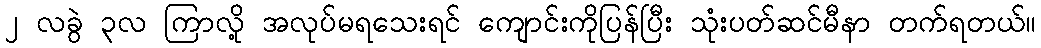
၂ လခွဲ ၃လ ကြာလို့ အလုပ်မရသေးရင် ကျောင်းကိုပြန်ပြီး သုံးပတ်ဆင်မီနာ တက်ရတယ်။